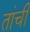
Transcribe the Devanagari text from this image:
तांची